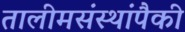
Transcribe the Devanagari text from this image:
तालीमसंस्थांपैकी